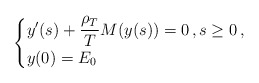
\begin{align*}\begin{cases}\displaystyle{y^{\prime}(s) + \frac{\rho_T}{T}M(y(s))= 0 \,, s \ge 0 \,,}\\y(0)=E_0 \,\end{cases}\end{align*}